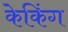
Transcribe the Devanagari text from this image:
केकिंग